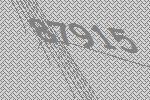
87915